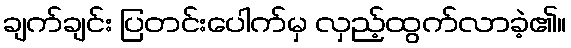
ချက်ချင်း ပြတင်းပေါက်မှ လှည့်ထွက်လာခဲ့၏။